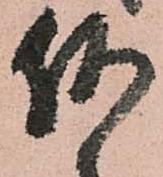
何